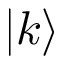
| k \rangle